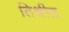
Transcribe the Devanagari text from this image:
तिथीत